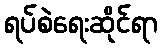
ရပ်စဲရေးဆိုင်ရာ